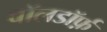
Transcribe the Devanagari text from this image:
वॉलडॉर्फ़